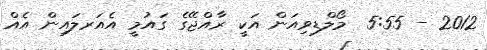
2012 - 5:55  މޯލްޑިވިއަން އަކީ ރާއްޖޭގެ ގައުމީ އެއަރލައިން އެއް